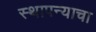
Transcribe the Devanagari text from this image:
स्थापन्याचा